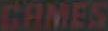
GAMES